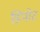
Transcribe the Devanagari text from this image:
डिपोट